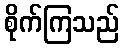
စိုက်ကြသည်